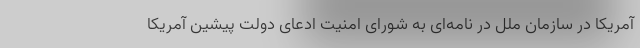
آمریکا در سازمان ملل در نامه‌ای به شورای امنیت ادعای دولت پیشین آمریکا